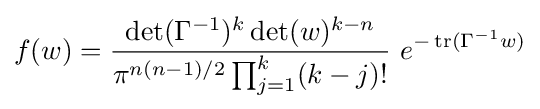
f(w)={\frac {\det(\Gamma ^{-1})^{k}\det(w)^{k-n}}{\pi ^{n(n-1)/2}\prod _{j=1}^{k}(k-j)!}}\ e^{-\operatorname {tr} (\Gamma ^{-1}w)}